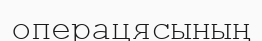
операцясының